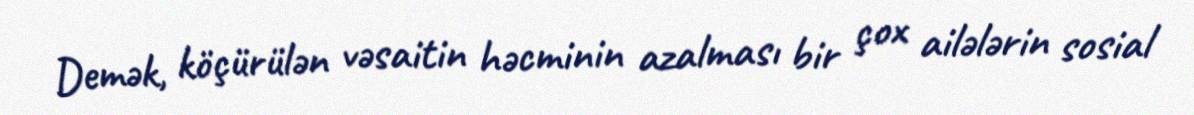
Demək, köçürülən vəsaitin həcminin azalması bir çox ailələrin sosial